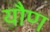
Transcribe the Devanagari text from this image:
यौण